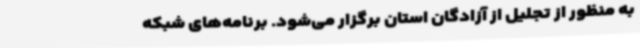
به منظور از تجلیل از آزادگان استان برگزار می‌شود. برنامه‌های شبکه